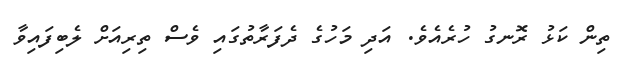
ތިން ކަޅު ރޮނގު ހުރެއެވެ. އަދި މަހުގެ ދެފަރާތުގައި ވެސް ތިރިއަށް ލެބިފައިވާ